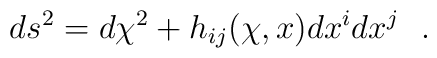
ds^2=d\chi^2+h_{ij}(\chi , x)dx^idx^j~~.